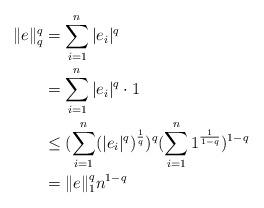
LaTeX: \begin{align*}\begin{aligned}\|e\|_q^q&=\sum_{i=1}^n|e_i|^q\\&= \sum_{i=1}^n|e_i|^q\cdot 1\\&\leq(\sum_{i=1}^n(|e_i|^q)^{\frac{1}{q}})^{q}(\sum_{i=1}^n1^{\frac{1}{1-q}})^{1-q}\\&=\|e\|_1^qn^{1-q}\end{aligned}\end{align*}